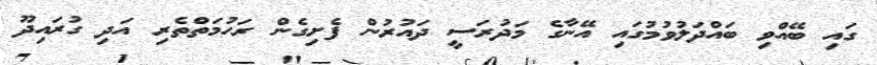
ގައި ބޭއްވި ބައްދަލުވުމުގައި އޭނާގެ މަދުރަސީ ދައުރުން ފެށިގެން ރަހުމަތްތެރި އަދި ގުރައިދޫ